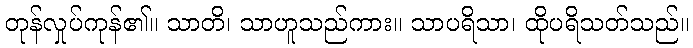
တုန်လှုပ်ကုန်၏။ သာတိ၊ သာဟူသည်ကား။ သာပရိသာ၊ ထိုပရိသတ်သည်။